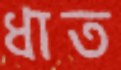
ধাত